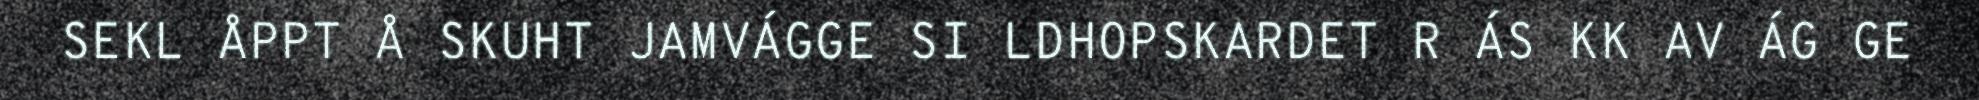
SEKL ÅPPT Å SKUHT JAMVÁGGE SI LDHOPSKARDET R ÁS KK AV ÁG GE